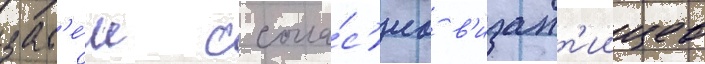
зат'е́м с согла́с'иа в'изант'иицев